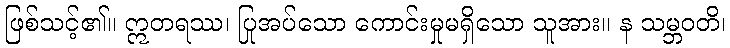
ဖြစ်သင့်၏။ ဣတရဿ၊ ပြုအပ်သော ကောင်းမှုမရှိသော သူအား။ န သမ္ဘဝတိ၊